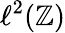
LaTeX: \ell^{2}(\mathbb{Z})